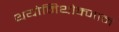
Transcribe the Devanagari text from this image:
थयोमिथोक्‍जाम